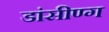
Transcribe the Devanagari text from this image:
डांसीण्ग